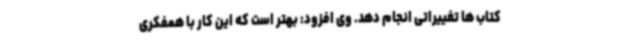
کتاب ها تغییراتی انجام دهد. وی افزود: بهتر است که این کار با همفکری